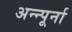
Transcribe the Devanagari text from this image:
अन्न्पूर्ना